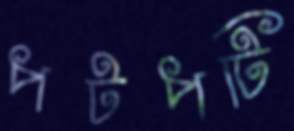
পটপটি